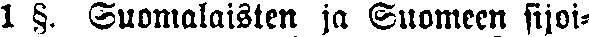
1 §. Suomalaisten ja Suomeen sijoi-